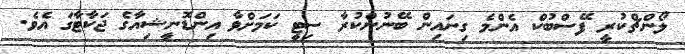
ލޯންޗްކުރީ ފޭސްބުކް އެންމެ ގިނައިން ބޭނުންކުރާ ސިޓީ ކަމަށްވާ އިންޑޮނީޝިއާގެ ޖަކާޓާގަ އެވެ.